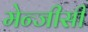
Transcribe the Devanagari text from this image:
मेन्जीसी